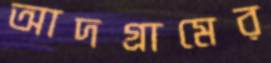
আদগ্রামের